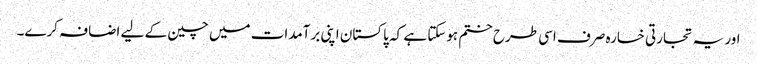
اور یہ تجارتی خسارہ صرف اسی طرح ختم ہوسکتا ہے کہ پاکستان اپنی برآمدات میں چین کے لیے اضافہ کرے۔